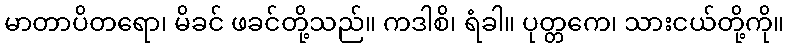
မာတာပိတရော၊ မိခင် ဖခင်တို့သည်။ ကဒါစိ၊ ရံခါ။ ပုတ္တကေ၊ သားငယ်တို့ကို။